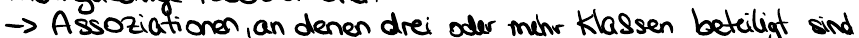
-> Assoziationen, an denen drei oder mehr Klassen beteiligt sind